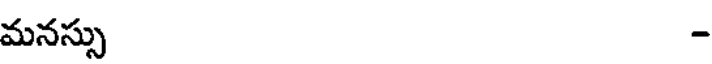
మనస్సు -